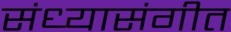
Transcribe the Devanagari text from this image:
संध्यासंगीत